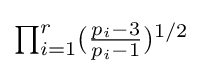
\textstyle \prod _{i=1}^{r}({\frac {p_{i}-3}{p_{i}-1}})^{1/2}